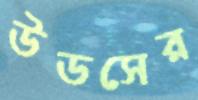
উডসের